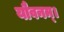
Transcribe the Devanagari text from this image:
यौवनम्।